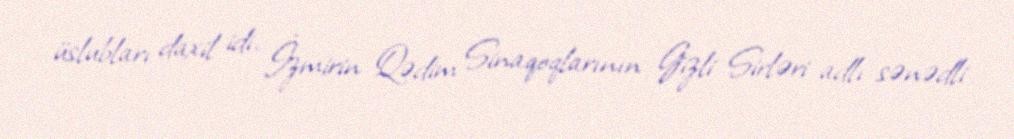
üslubları daxil idi. İzmirin Qədim Sinaqoqlarının Gizli Sirləri adlı sənədli